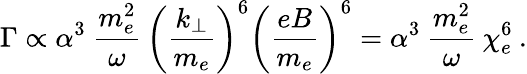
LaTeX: \Gamma\propto\alpha^{3}\: \frac{m_{e}^{2}}{\omega}\, \left(\frac{k_{\bot}}{m_{e}}\right)^{6}\left(\frac{eB}{m_{e}}\right)^{6}=\alpha^{3}\: \frac{m_{e}^{2}}{\omega}\: \chi_{e}^{6}\: .